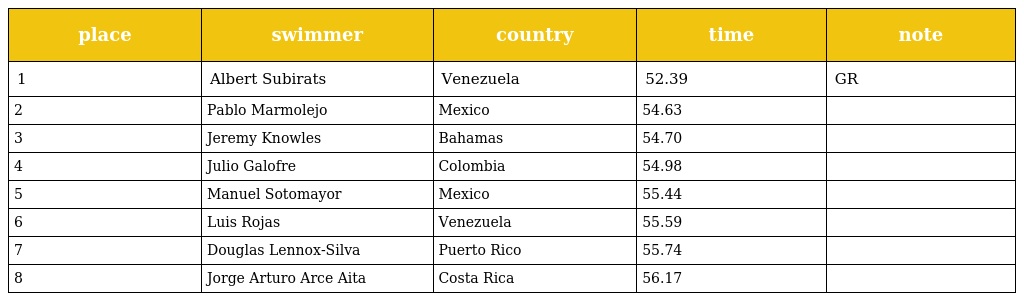
| place | swimmer | country | time | note |
 | --- | --- | --- | --- | --- |
 | 1 | Albert Subirats | Venezuela | 52.39 | GR |
 | 2 | Pablo Marmolejo | Mexico | 54.63 |  |
 | 3 | Jeremy Knowles | Bahamas | 54.70 |  |
 | 4 | Julio Galofre | Colombia | 54.98 |  |
 | 5 | Manuel Sotomayor | Mexico | 55.44 |  |
 | 6 | Luis Rojas | Venezuela | 55.59 |  |
 | 7 | Douglas Lennox-Silva | Puerto Rico | 55.74 |  |
 | 8 | Jorge Arturo Arce Aita | Costa Rica | 56.17 |  |